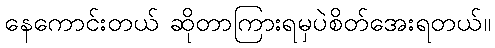
နေကောင်းတယ် ဆိုတာကြားရမှပဲစိတ်အေးရတယ်။